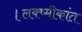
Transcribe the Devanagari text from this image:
।लक्ष्मीकांत